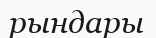
рындары